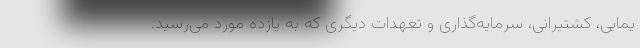
یمایی، کشتیرانی، سرمایه‌گذاری و تعهدات دیگری که به یازده مورد می‌رسید.